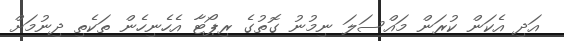
އަދި އެކަން ކުރަން މައްސަލަ ނިމުނު ގޮތުގެ ރިޕޯޓާ އެހެނިހެން ތަކެތި ދިނުމަށް